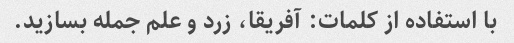
با استفاده از کلمات: آفریقا، زرد و علم جمله بسازید.